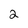
Character: 2